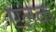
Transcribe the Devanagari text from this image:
एलक